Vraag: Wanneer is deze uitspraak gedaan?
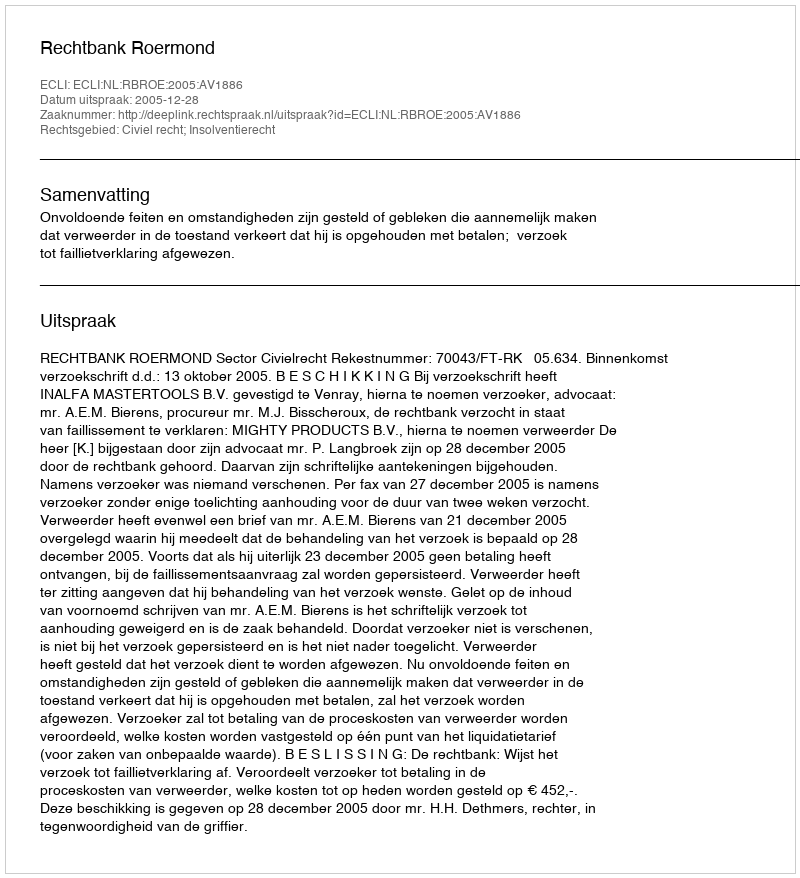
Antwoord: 2005-12-28